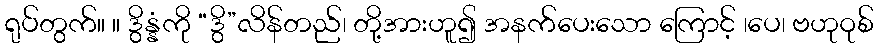
ရုပ်တွက်။ ။ ဒွိန္နံကို “ဒွိ”လိန်တည်၊ တို့အားဟူ၍ အနက်ပေးသော ကြောင့် ၊ပေ၊ ဗဟုဝုစ်